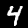
Label: 4